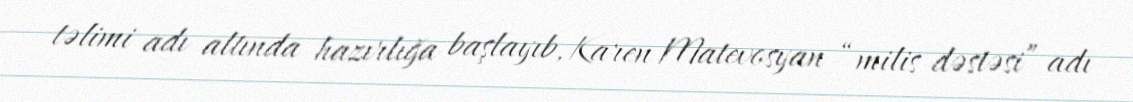
təlimi adı altında hazırlığa başlayıb, Karen Matevosyan “milis dəstəsi” adı